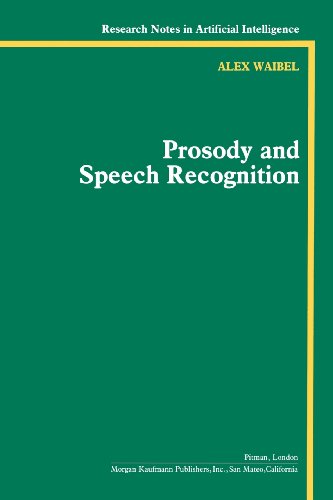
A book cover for Prosody and Speech Recognition (Research Notes in Artificial Intelligence); Alexander Waibel; Computers & Technology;